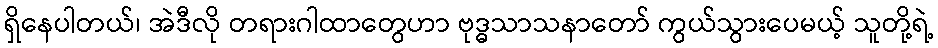
ရှိနေပါတယ်၊ အဲဒီလို တရားဂါထာတွေဟာ ဗုဒ္ဓသာသနာတော် ကွယ်သွားပေမယ့် သူတို့ရဲ့